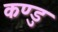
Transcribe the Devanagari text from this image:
कण्डु